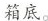
箱底。